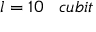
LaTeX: l = 1 0 \; \; \; c u b i t